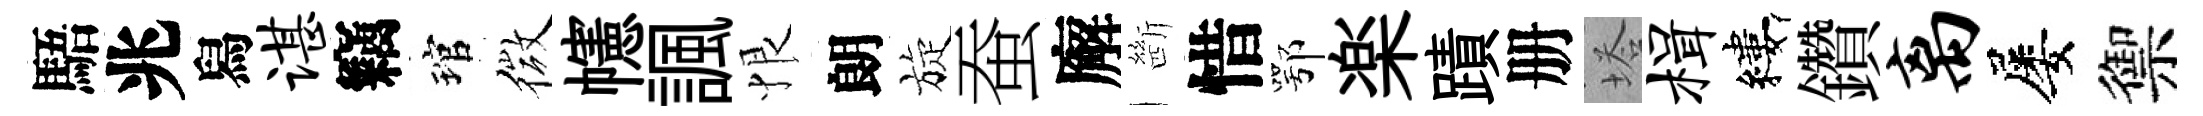
䮏兆舄谌竊琯微幰諷恨朗旋蚕廨㫁惜鄂楽蹟册塔楫縷鑽离屡禦